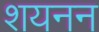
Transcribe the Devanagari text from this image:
शयनन